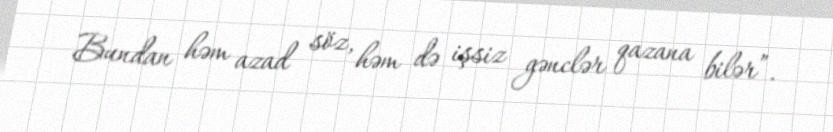
Bundan həm azad söz, həm də işsiz gənclər qazana bilər”.